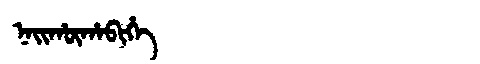
Manchu: ᠨᠠᡳᡥᡡᡥᠠᠪᡳᡥᡝ
Romanization: NAIHŪHABIHE